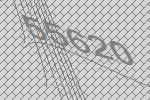
55620